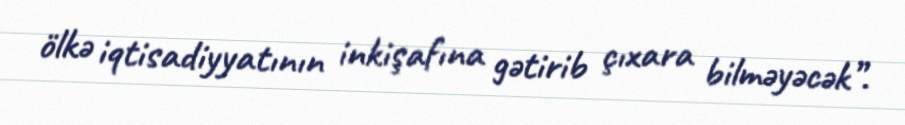
ölkə iqtisadiyyatının inkişafına gətirib çıxara bilməyəcək”.